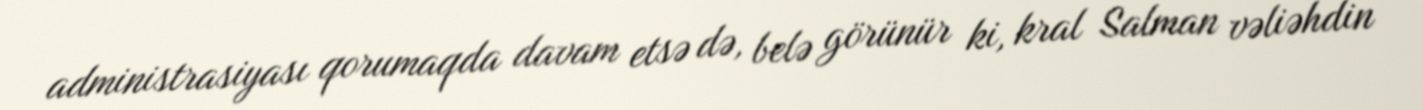
administrasiyası qorumaqda davam etsə də, belə görünür ki, kral Salman vəliəhdin